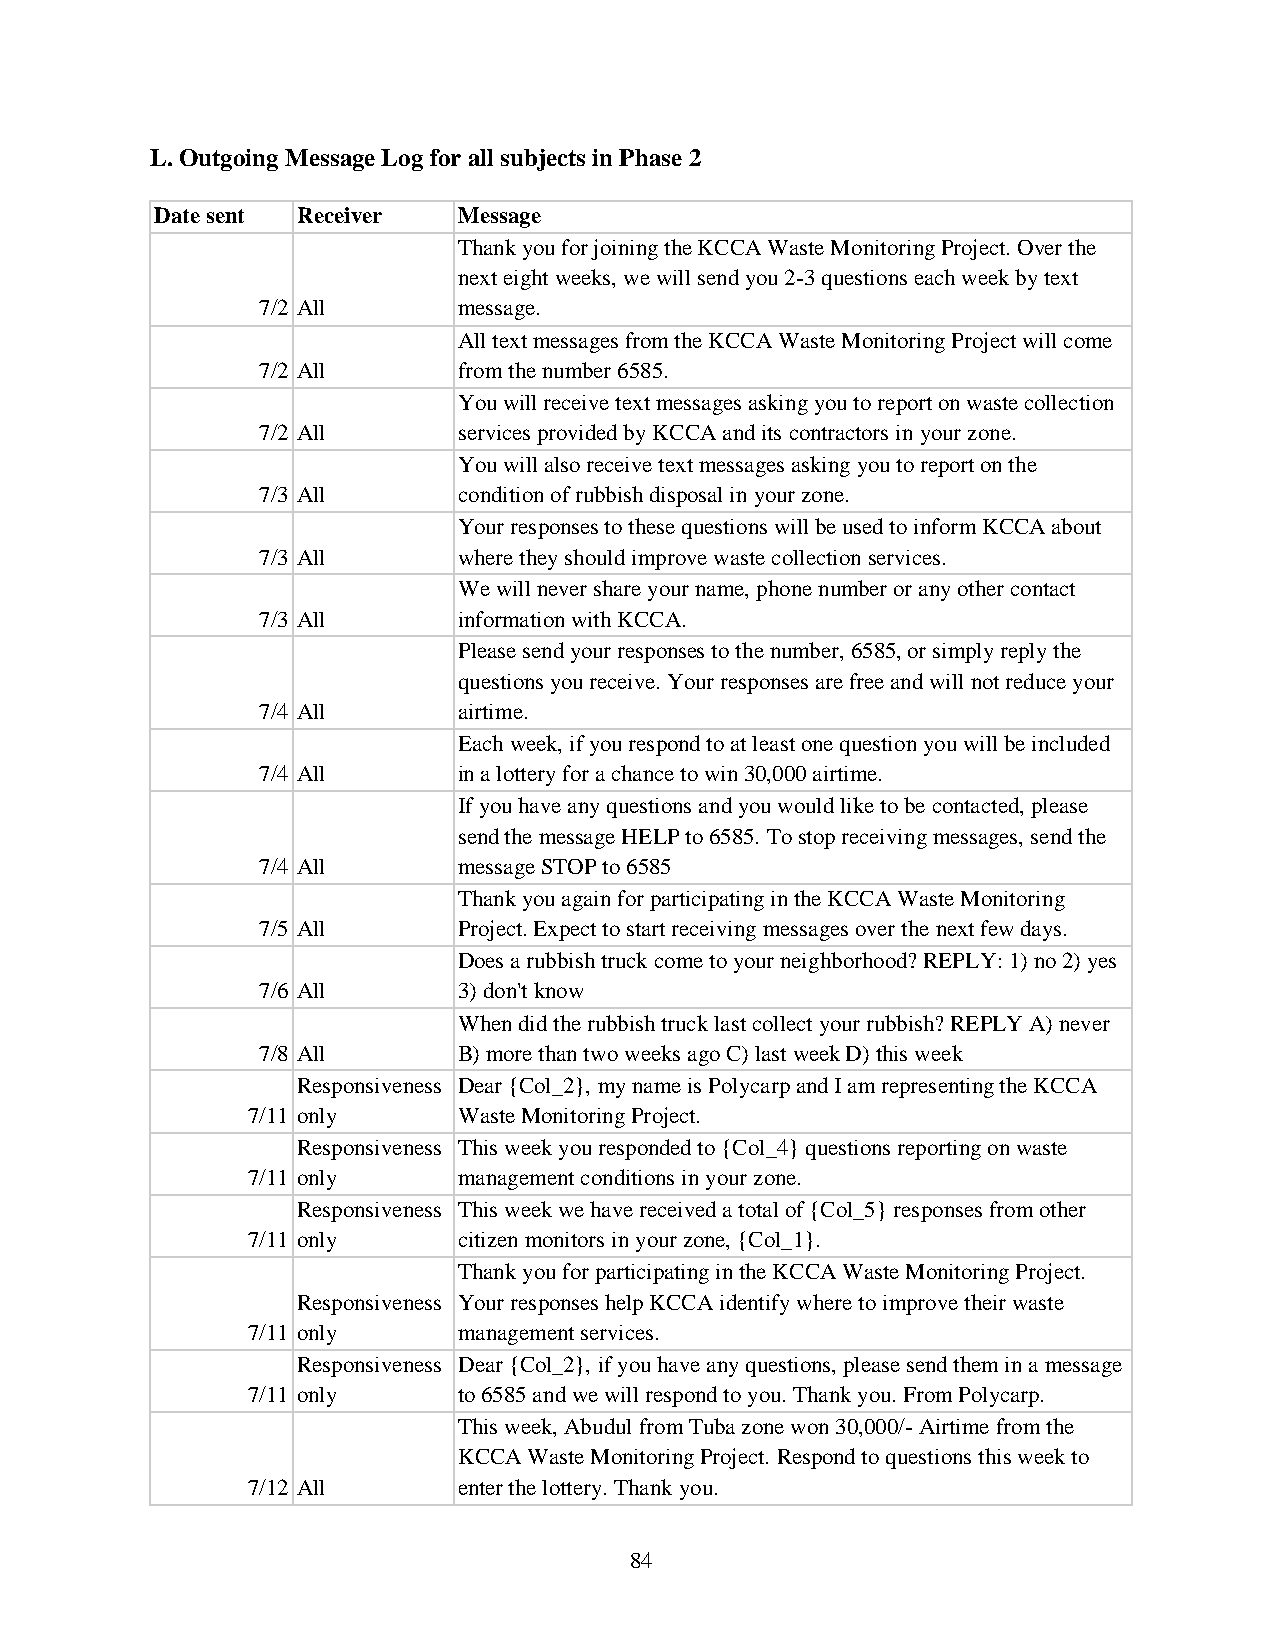
L. Outgoing Message Log for all subjects in Phase 2
 Date sent Receiver  Message
 Thank you for joining the KCCA Waste Monitoring Project. Over the
 next eight weeks, we will send you 2-3 questions each week by text
 7/2 All      message.
 All text messages from the KCCA Waste Monitoring Project will come
 7/2 All      from the number 6585.
 You will receive text messages asking you to report on waste collection
 7/2 All      services provided by KCCA and its contractors in your zone.
 You will also receive text messages asking you to report on the
 7/3 All      condition of rubbish disposal in your zone.
 Your responses to these questions will be used to inform KCCA about
 7/3 All      where they should improve waste collection services.
 We will never share your name, phone number or any other contact
 7/3 All      information with KCCA.
 Please send your responses to the number, 6585, or simply reply the
 questions you receive. Your responses are free and will not reduce your
 7/4 All      airtime.
 Each week, if you respond to at least one question you will be included
 7/4 All      in a lottery for a chance to win 30,000 airtime.
 If you have any questions and you would like to be contacted, please
 send the message HELP to 6585. To stop receiving messages, send the
 7/4 All      message STOP to 6585
 Thank you again for participating in the KCCA Waste Monitoring
 7/5 All      Project. Expect to start receiving messages over the next few days.
 Does a rubbish truck come to your neighborhood? REPLY: 1) no 2) yes
 7/6 All      3) don't know
 When did the rubbish truck last collect your rubbish? REPLY A) never
 7/8 All      B) more than two weeks ago C) last week D) this week
 Responsiveness Dear {Col_2}, my name is Polycarp and I am representing the KCCA
 7/11 only     Waste Monitoring Project.
 Responsiveness This week you responded to {Col_4} questions reporting on waste
 7/11 only     management conditions in your zone.
 Responsiveness This week we have received a total of {Col_5} responses from other
 7/11 only     citizen monitors in your zone, {Col_1}.
 Thank you for participating in the KCCA Waste Monitoring Project.
 Responsiveness Your responses help KCCA identify where to improve their waste
 7/11 only     management services.
 Responsiveness Dear {Col_2}, if you have any questions, please send them in a message
 7/11 only     to 6585 and we will respond to you. Thank you. From Polycarp.
 This week, Abudul from Tuba zone won 30,000/- Airtime from the
 KCCA Waste Monitoring Project. Respond to questions this week to
 7/12 All      enter the lottery. Thank you.
 84